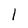
Character: l